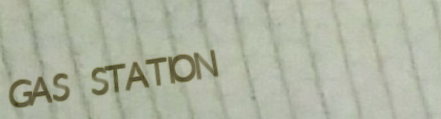
GAS STATION